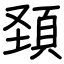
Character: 頚